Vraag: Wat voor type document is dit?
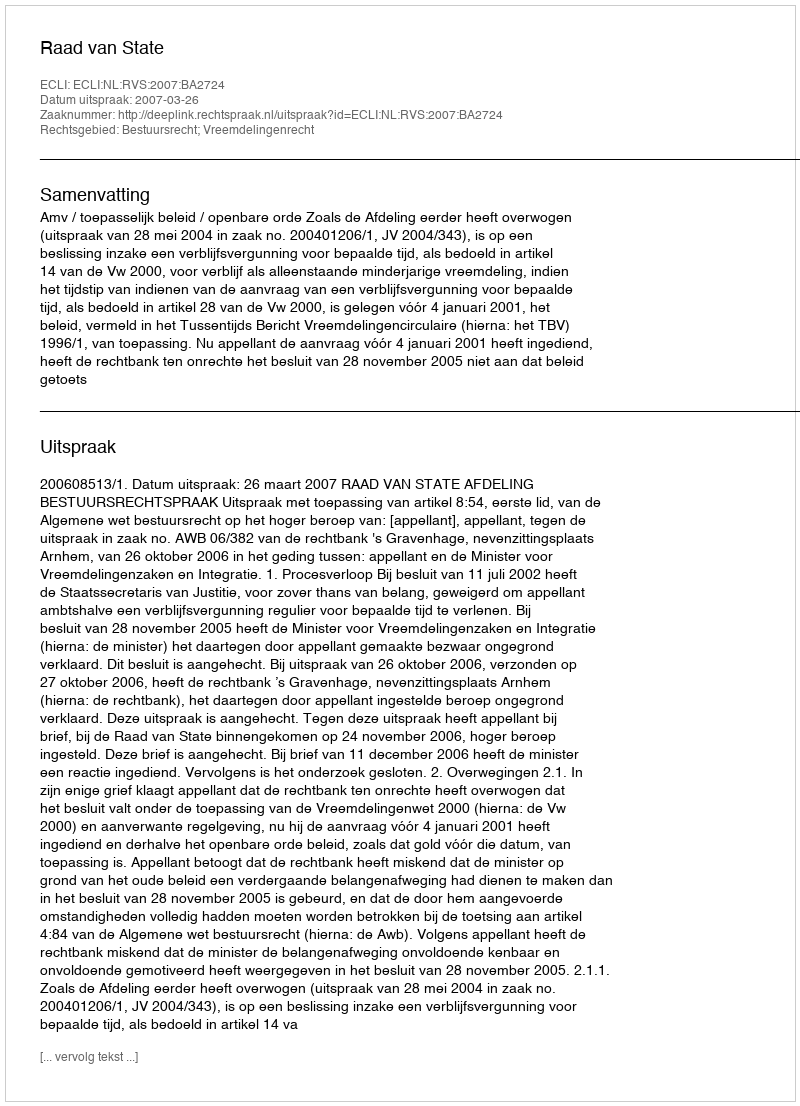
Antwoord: Uitspraak